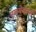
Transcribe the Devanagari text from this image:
एकमेकांनी